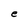
Character: e